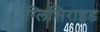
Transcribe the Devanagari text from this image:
ग्लिसिराइड